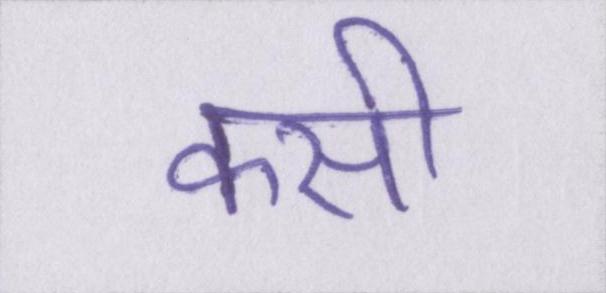
कसी